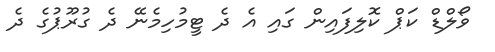
ވޯލްޑް ކަޕް ކޮލިފައިން ގައި އެ ދެ ޓީމުހިމެނޭ ދެ ގުރޫޕުގެ ދެ